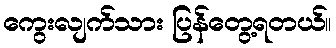
ကွေးလျက်သား ပြန်တွေ့ရတယ်။